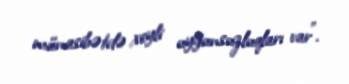
münasibətdə xeyli uyğunsuzluqları var”.